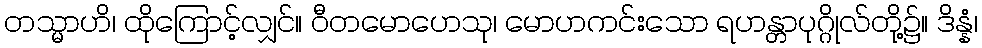
တသ္မာဟိ၊ ထိုကြောင့်လျှင်။ ဝီတမောဟေသု၊ မောဟကင်းသော ရဟန္တာပုဂ္ဂိုလ်တို့၌။ ဒိန္နံ၊